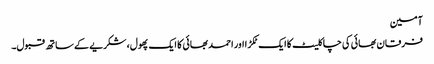
آمین
فرقان بھائی کی چاکلیٹ کا ایک ٹکڑا اور احمد بھائی کا ایک پھول، شکریے کے ساتھ قبول۔